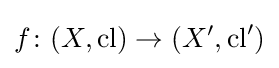
f\colon (X,\mathrm {cl} )\to (X',\mathrm {cl} ')